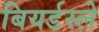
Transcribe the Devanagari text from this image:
बियर्डस्ले